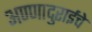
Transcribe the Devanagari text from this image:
अण्णादुराईचे